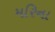
મરિના